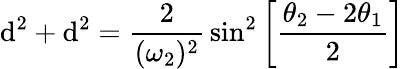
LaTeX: \mathrm{d}^{2}+\mathrm{d}^{2}={\frac{{2}}{{(\omega_{2})^{2}}}}\sin^{2}\left[{\frac{{\theta_{2}-2\theta_{1}}}{{2}}}\right]